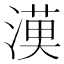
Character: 𱨓